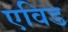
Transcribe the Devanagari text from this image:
एविड